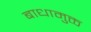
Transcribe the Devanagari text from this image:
बाधामुक्त